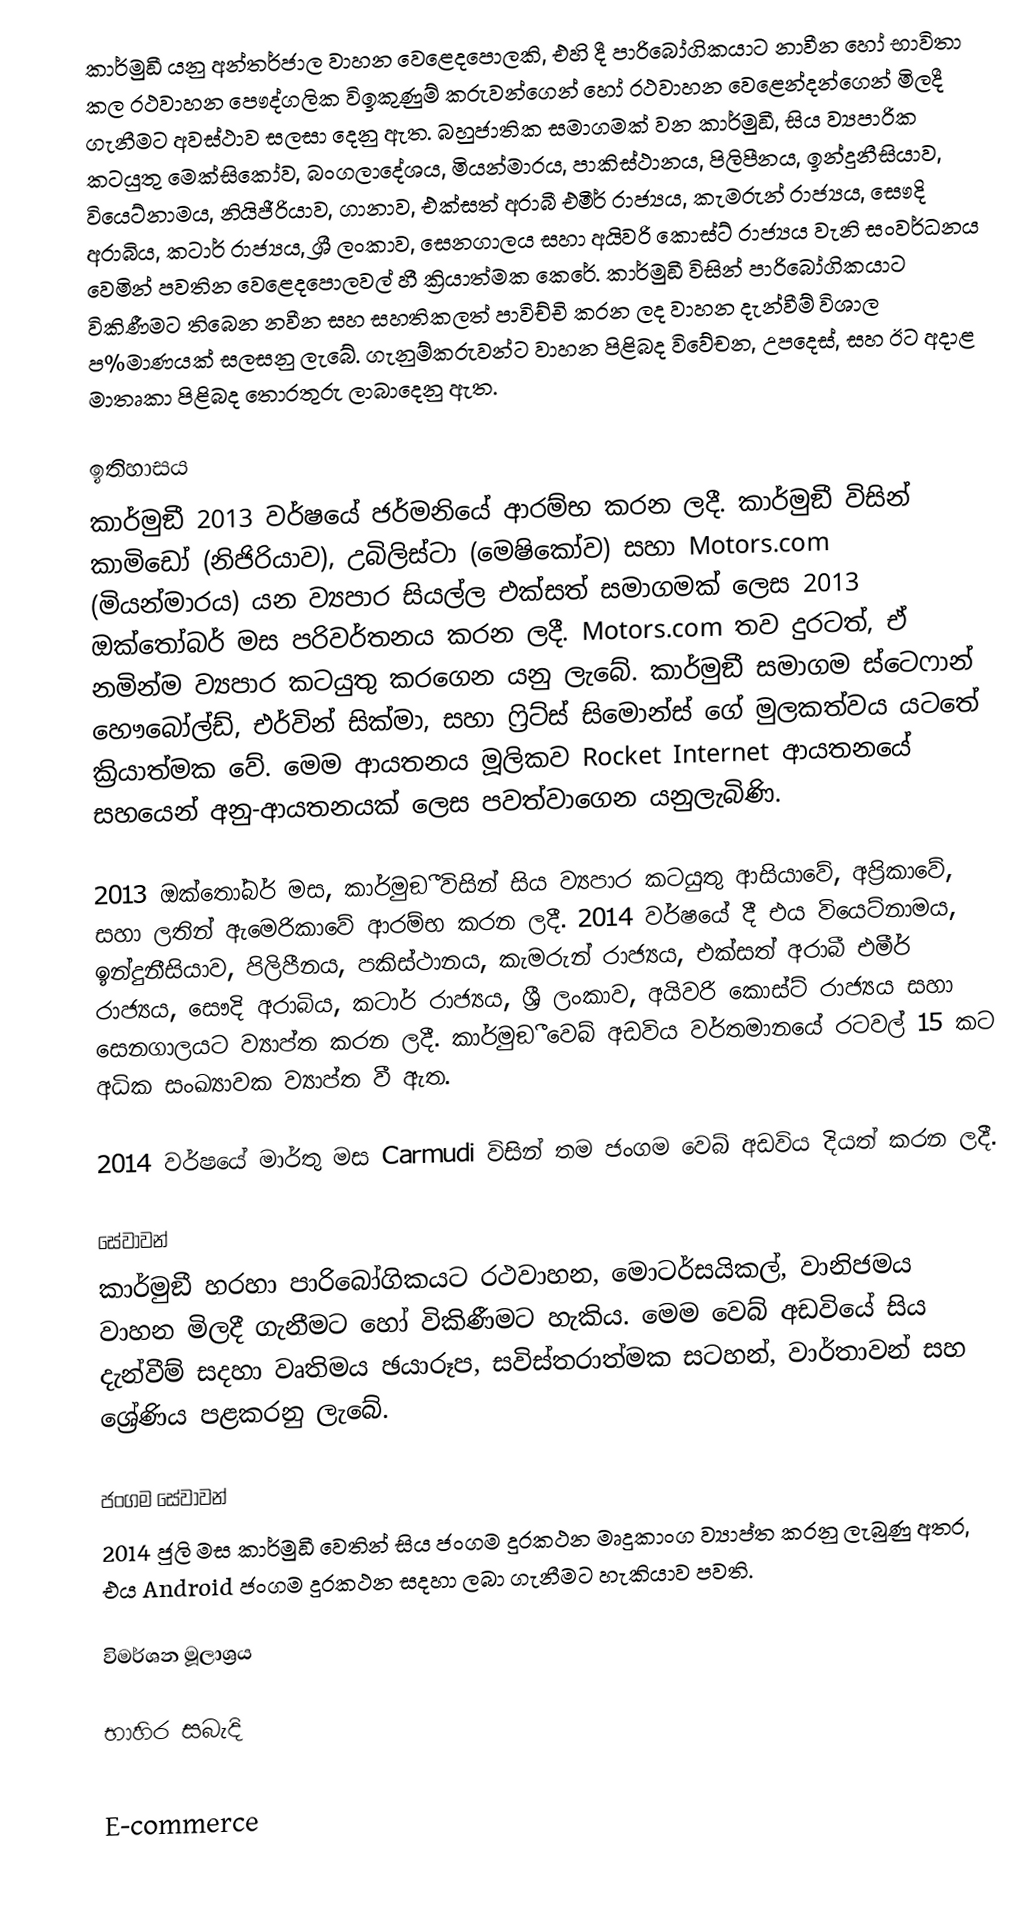
කාර්මුඞී යනු අන්තර්ජාල වාහන වෙළෙදපොලකි, එහි දී පාරිබෝගිකයාට නාවීන හෝ භාවිතා කල රථවාහන පෞද්ගලික විඉකුණුම් කරුවන්ගෙන් හෝ රථවාහන වෙළෙන්දන්ගෙන් මිලදී ගැනීමට අවස්ථාව සලසා දෙනු ඇත. බහුජාතික සමාගමක් වන කාර්මුඞී, සිය ව්‍යපාරික කටයුතු මෙක්සිකෝව, බංගලාදේශය, මියන්මාරය, පාකිස්ථානය, පිලිපීනය, ඉන්දුනීසියාව, වියෙට්නාමය, නියිජීරියාව, ගානාව, එක්සත් අරාබී එමීර් රාජ්‍යය, කැමරුන් රාජ්‍යය, සෞදි අරාබිය, කටාර් රාජ්‍යය, ශ්‍රී ලංකාව, සෙනගාලය සහා අයිවරි කොස්ට් රාජ්‍යය වැනි සංවර්ධනය වෙමින් පවතින වෙළෙදපොලවල් හී ක්‍රියාත්මක කෙරේ. කාර්මුඞී විසින් පාරිබෝගිකයාට විකිණීමට තිබෙන නවීන සහ සහතිකලත් පාවිච්චි කරන ලද වාහන දැන්වීම් විශාල ප%මාණයක් සලසනු ලැබේ. ගැනුම්කරුවන්ට වාහන පිළිබද විවේචන, උපදෙස්, සහ ඊට අදාළ මාතෘකා පිළිබද තොරතුරු ලාබාදෙනු ඇත.

ඉතිහාසය
කාර්මුඞී 2013 වර්ෂයේ ජර්මනියේ ආරම්භ කරන ලදී. කාර්මුඞී විසින් කාමිඩෝ (නිජිරියාව), උබිලිස්ටා (මෙෂිකෝව) සහා Motors.com (මියන්මාරය) යන ව්‍යපාර සියල්ල එක්සත් සමාගමක් ලෙස 2013 ඔක්තෝබර් මස පරිවර්තනය කරන ලදී. Motors.com තව දුරටත්, ඒ නමින්ම ව්‍යපාර කටයුතු කරගෙන යනු ලැබේ. කාර්මුඞී සමාගම ස්ටෙෆාන් හෞබෝල්ඩ්, එර්වින් සික්මා, සහා ෆ්‍රිට්ස් සිමොන්ස් ගේ මුලකත්වය යටතේ ක්‍රියාත්මක වේ. මෙම ආයතනය මූලිකව Rocket Internet ආයතනයේ සහයෙන් අනු-ආයතනයක් ලෙස පවත්වාගෙන යනුලැබිණි.

2013 ඔක්තෝබර් මස, කාර්මුඞී විසින් සිය ව්‍යපාර කටයුතු ආසියාවේ, අප්‍රිකාවේ, සහා ලතින් ඇමෙරිකාවේ ආරම්භ කරන ලදී. 2014 වර්ෂයේ දී එය වියෙට්නාමය, ඉන්දුනීසියාව, පිලිපීනය, පකිස්ථානය, කැමරුන් රාජ්‍යය, එක්සත් අරාබී එමීර් රාජ්‍යය, සෞදි අරාබිය, කටාර් රාජ්‍යය, ශ්‍රී ලංකාව, අයිවරි කොස්ට් රාජ්‍යය සහා සෙනගාලයට ව්‍යාප්ත කරන ලදී. කාර්මුඞී වෙබ් අඩවිය වර්තමානයේ රටවල් 15 කට අධික සංඛ්‍යාවක ව්‍යාප්ත වී ඇත.

2014 වර්ෂයේ මාර්තු මස Carmudi විසින් තම ජංගම වෙබ් අඩවිය දියත් කරන ලදී.

සේවාවන්
කාර්මුඞී හරහා පාරිබෝගිකයට රථවාහන, මොටර්සයිකල්, වානිජමය වාහන මිලදී ගැනීමට හෝ විකිණීමට හැකිය. මෙම වෙබ් අඩවියේ සිය දැන්වීම් සදහා වෘතිමය ඡයාරූප, සවිස්තරාත්මක සටහන්, වාර්තාවන් සහ ශ්‍රේණිය පළකරනු ලැබේ.

ජංගම සේවාවන්
2014 ජුලි මස කාර්මුඞී වෙතින් සිය ජංගම දුරකථන මෘදුකාංග ව්‍යාප්ත කරනු ලැබුණු අතර, එය Android ජංගම දුරකථන සදහා ලබා ගැනීමට හැකියාව පවති.

විමර්ශන මූලාශ්‍රය

භාහිර සබැදි

E-commerce